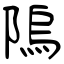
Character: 隖